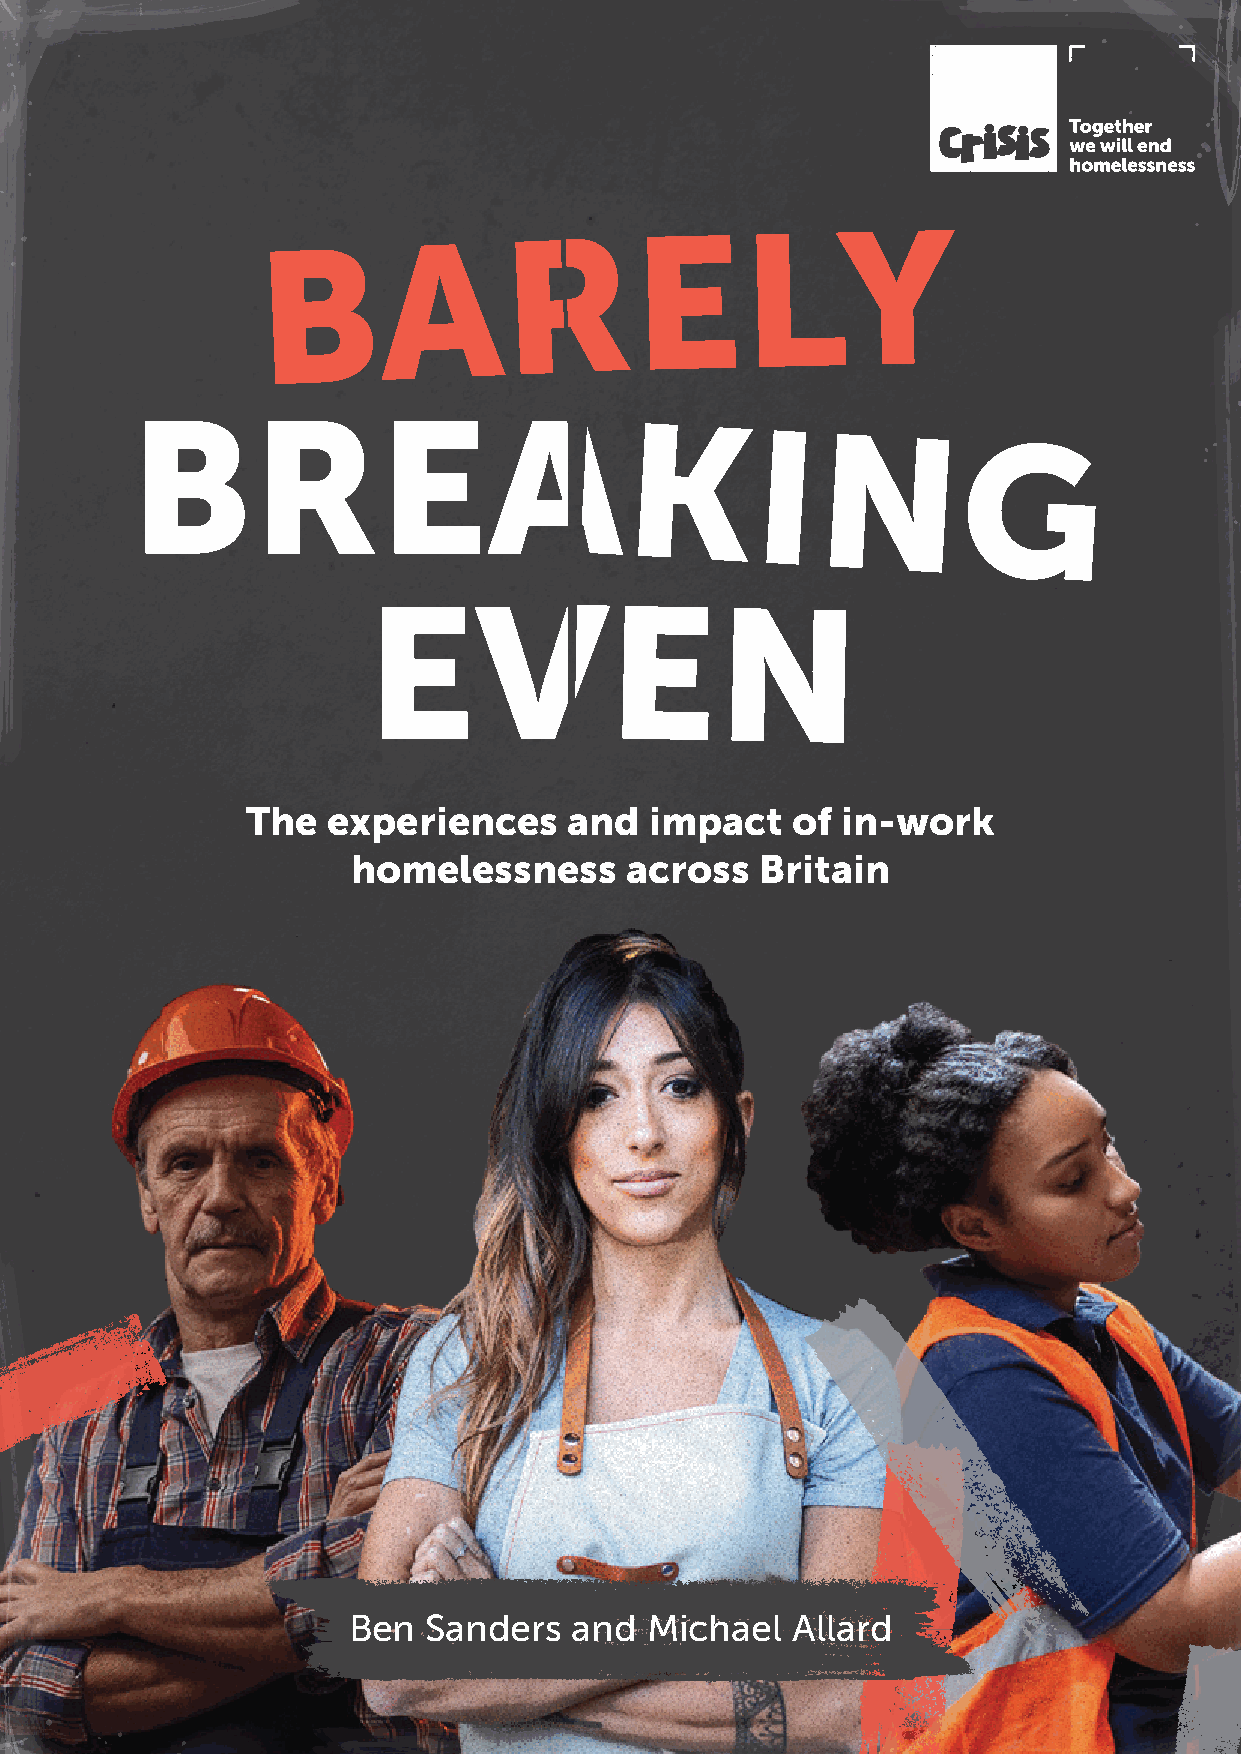
The   experiences     and  impact   of  in-work
 homelessness      across   Britain
 Ben  Sanders   and  Michael  Allard